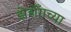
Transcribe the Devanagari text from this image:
झेडॉँगच्या